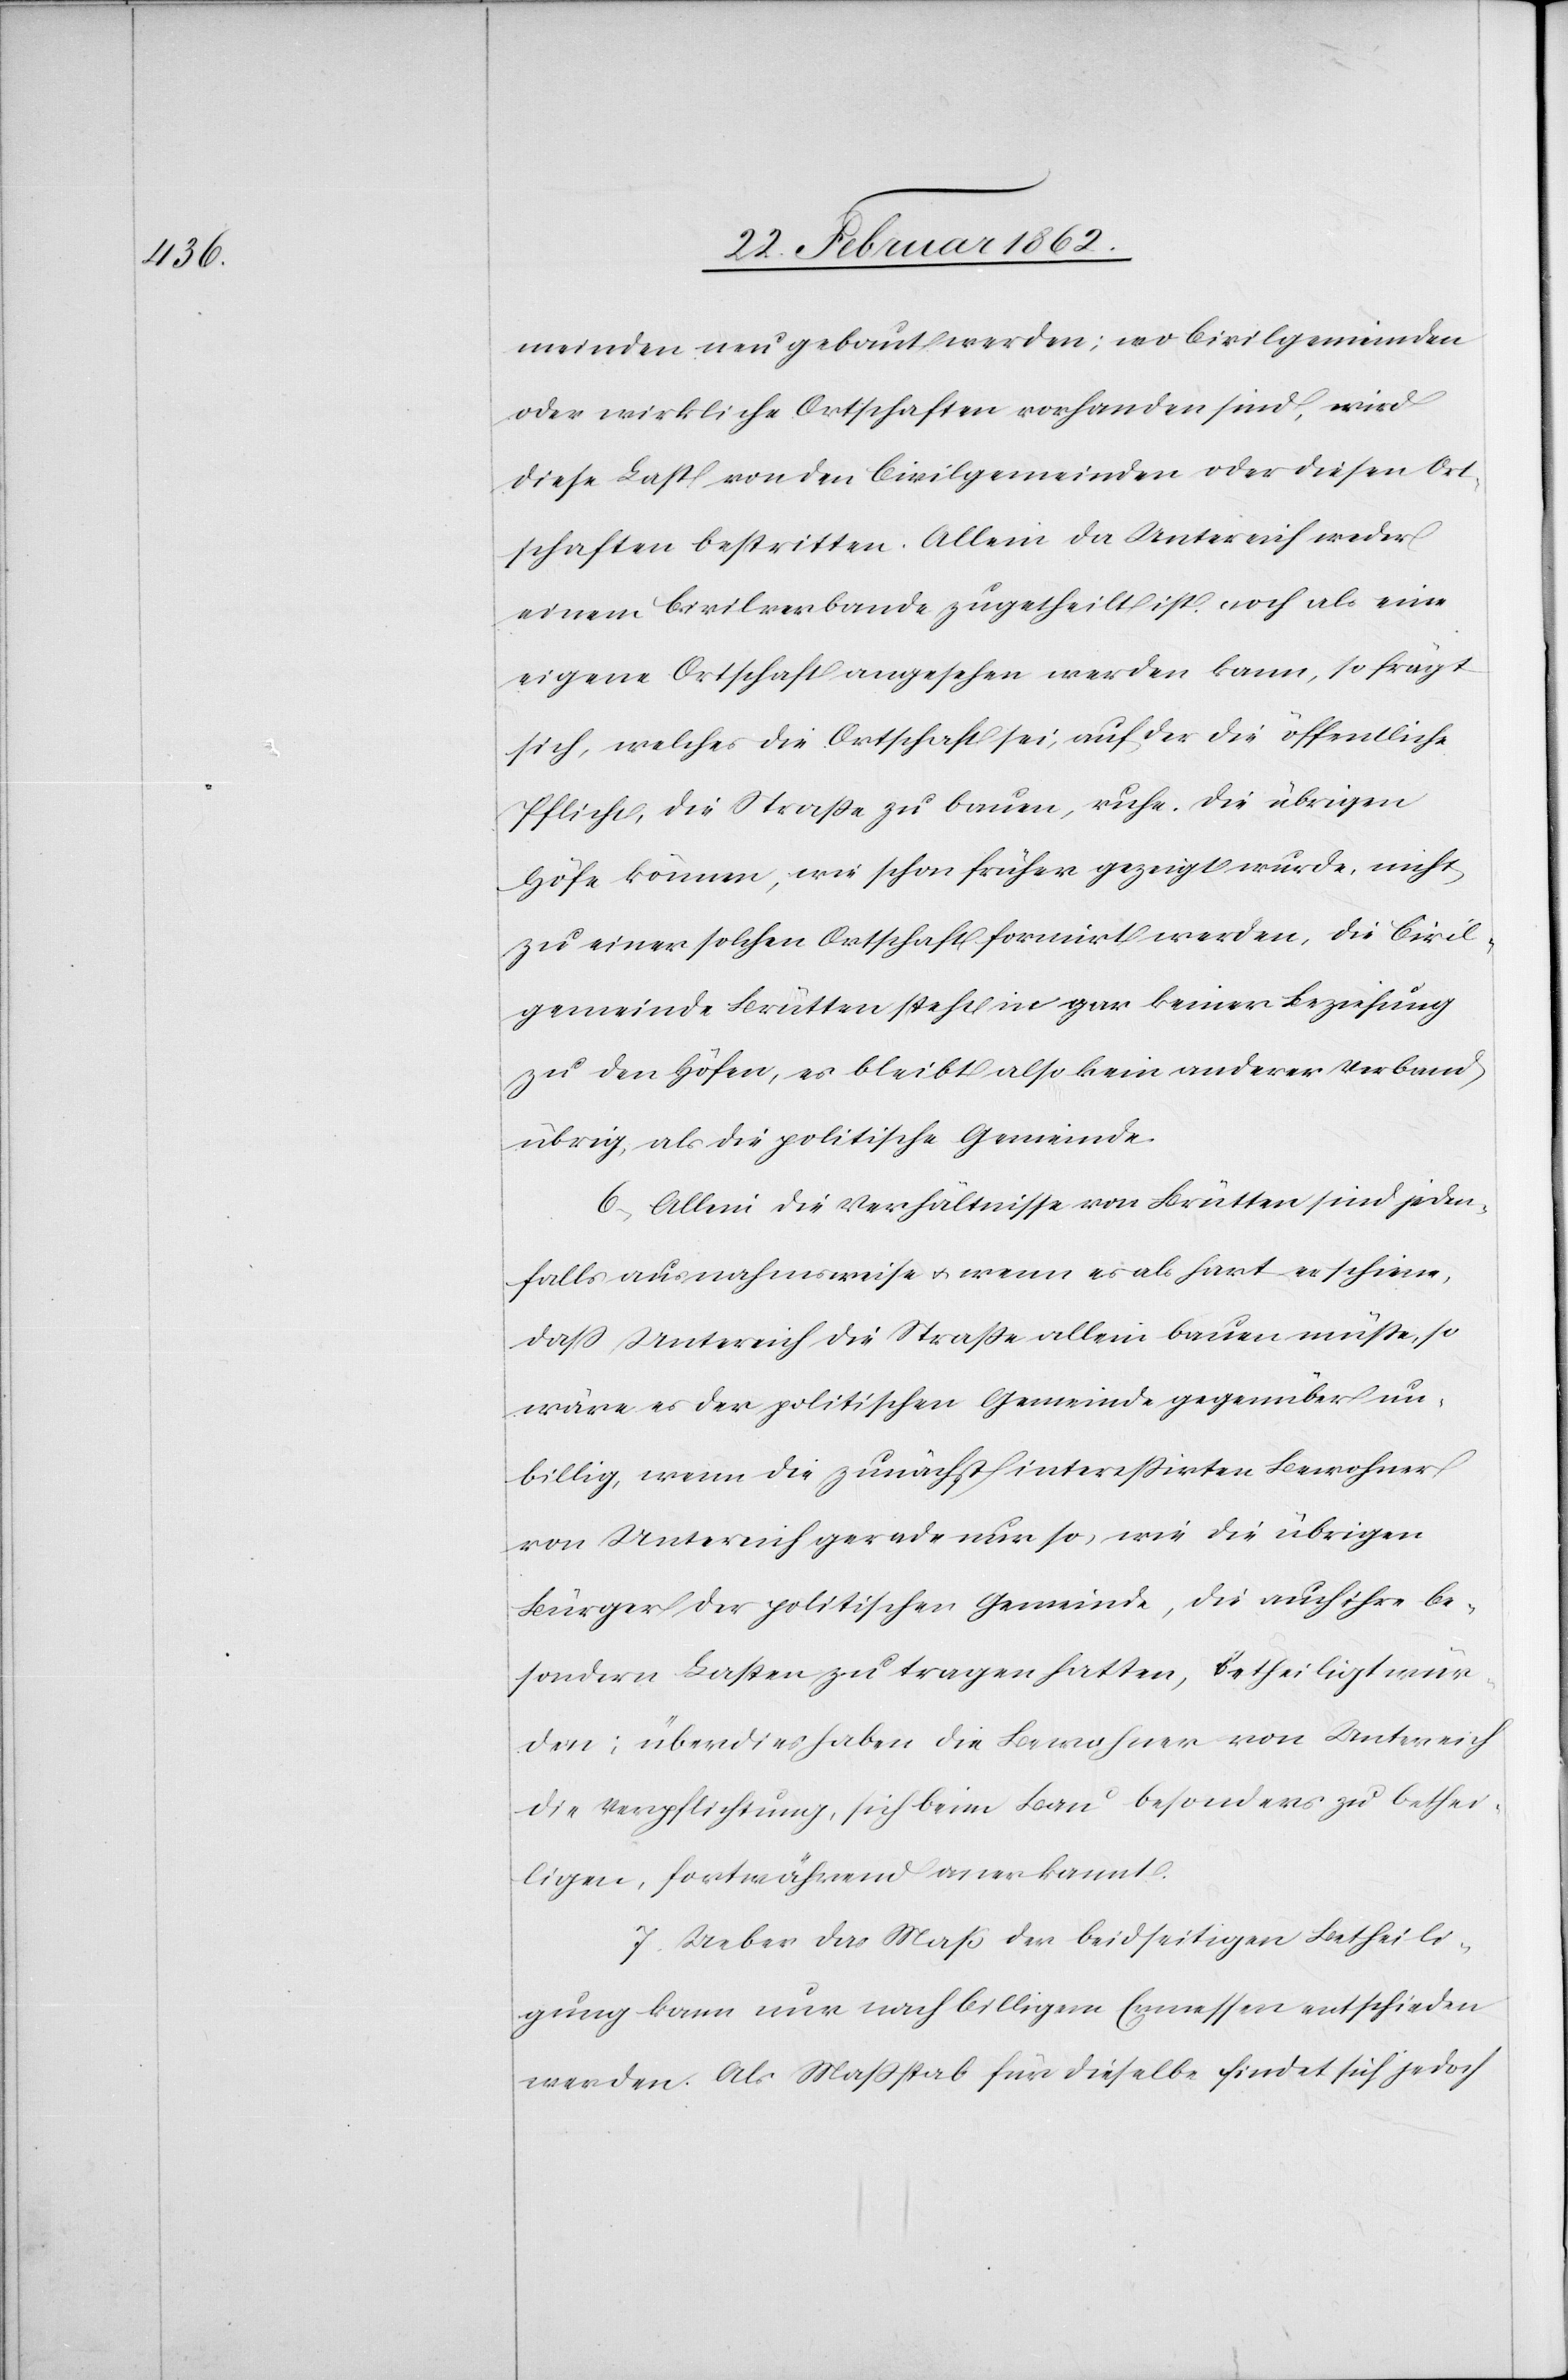
meinden neu gebaut werden; wo Civilgemeinden
oder wirkliche Ortschaften vorhanden sind, wird
diese Last von den Civilgemeinden oder diesen Ort¬
schaften bestritten. Allein da Untereich weder
einem Civilverbande zugetheilt ist, noch als eine
eigene Ortschaft angesehen werden kann, so frägt
sich, welches die Ortschaft sei, auf der die öffentliche
Pflicht, die Straße zu bauen, ruhe. Die übrigen
Höfe können, wie schon früher gezeigt wurde, nicht
zu einer solchen Ortschaft formirt werden, die Civil¬
gemeinde Brütten steht in gar keiner Beziehung
zu den Höfen, es bleibt also kein anderer Verband
übrig, als die politische Gemeinde.
6) Allein die Verhältnisse von Brütten sind jeden¬
falls ausnahmsweise u. wenn es als hart erschiene,
daß Untereich die Straße allein bauen müße, so
wäre es der politischen Gemeinde gegenüber un¬
billig, wenn die zunächst intereßirten Bewohner
von Untereich gerade nur so, wie die übrigen
Bürger der politischen Gemeinde, die auch ihre be¬
sondern Lasten zu tragen hatten, betheiligt wür¬
den; überdies haben die Bewohner von Untereich
die Verpflichtung, sich beim Bau besonders zu bethei¬
ligen, fortwährend anerkannt.
7) Ueber das Maß der beidseitigen Betheili¬
gung kann nur nach billigem Ermessen entschieden
werden. Als Maßstab für dieselbe findet sich jedoch